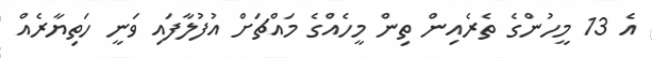
އެ 13 މީހުންގެ ތެރެއިން ތިން މީހެއްގެ މައްޗަށް އުފުލާފައި ވަނީ ހަތިޔާރެއް